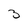
Character: 3